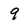
Character: 9